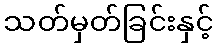
သတ်မှတ်ခြင်းနှင့်